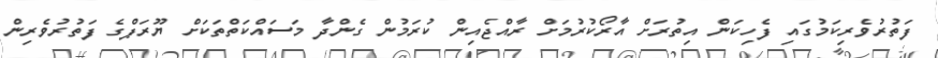
ފަތުރުވެރިކަމުގައި ފެހިކަން އިތުރަށް އާރޯކުރުމަށް ރާއްޖެއިން ކުރަމުން ގެންދާ މަސައްކަތްތަކަށް ޔޫރަޕްގެ ފަތުރުވެރިން